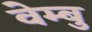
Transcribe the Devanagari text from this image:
वेम्बु